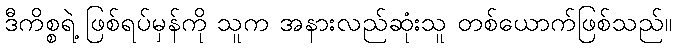
ဒီကိစ္စရဲ့ ဖြစ်ရပ်မှန်ကို သူက အနားလည်ဆုံးသူ တစ်ယောက်ဖြစ်သည်။